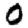
Digit: 0